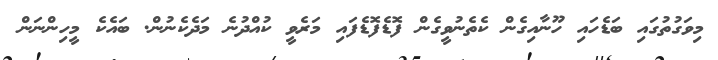
މިވަގުތުގައި ބަޑެހައި ހޫނާއިގެން ކެތެނުވީގެން ފޮޑެފޮޑެފައި މަރެވީ ކުއްދުނެ މަދެކެނުން. ބައެކެ މީހިންނަން